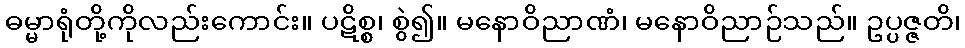
ဓမ္မာရုံတို့ကိုလည်းကောင်း။ ပဋိစ္စ၊ စွဲ၍။ မနောဝိညာဏံ၊ မနောဝိညာဉ်သည်။ ဥပ္ပဇ္ဇတိ၊